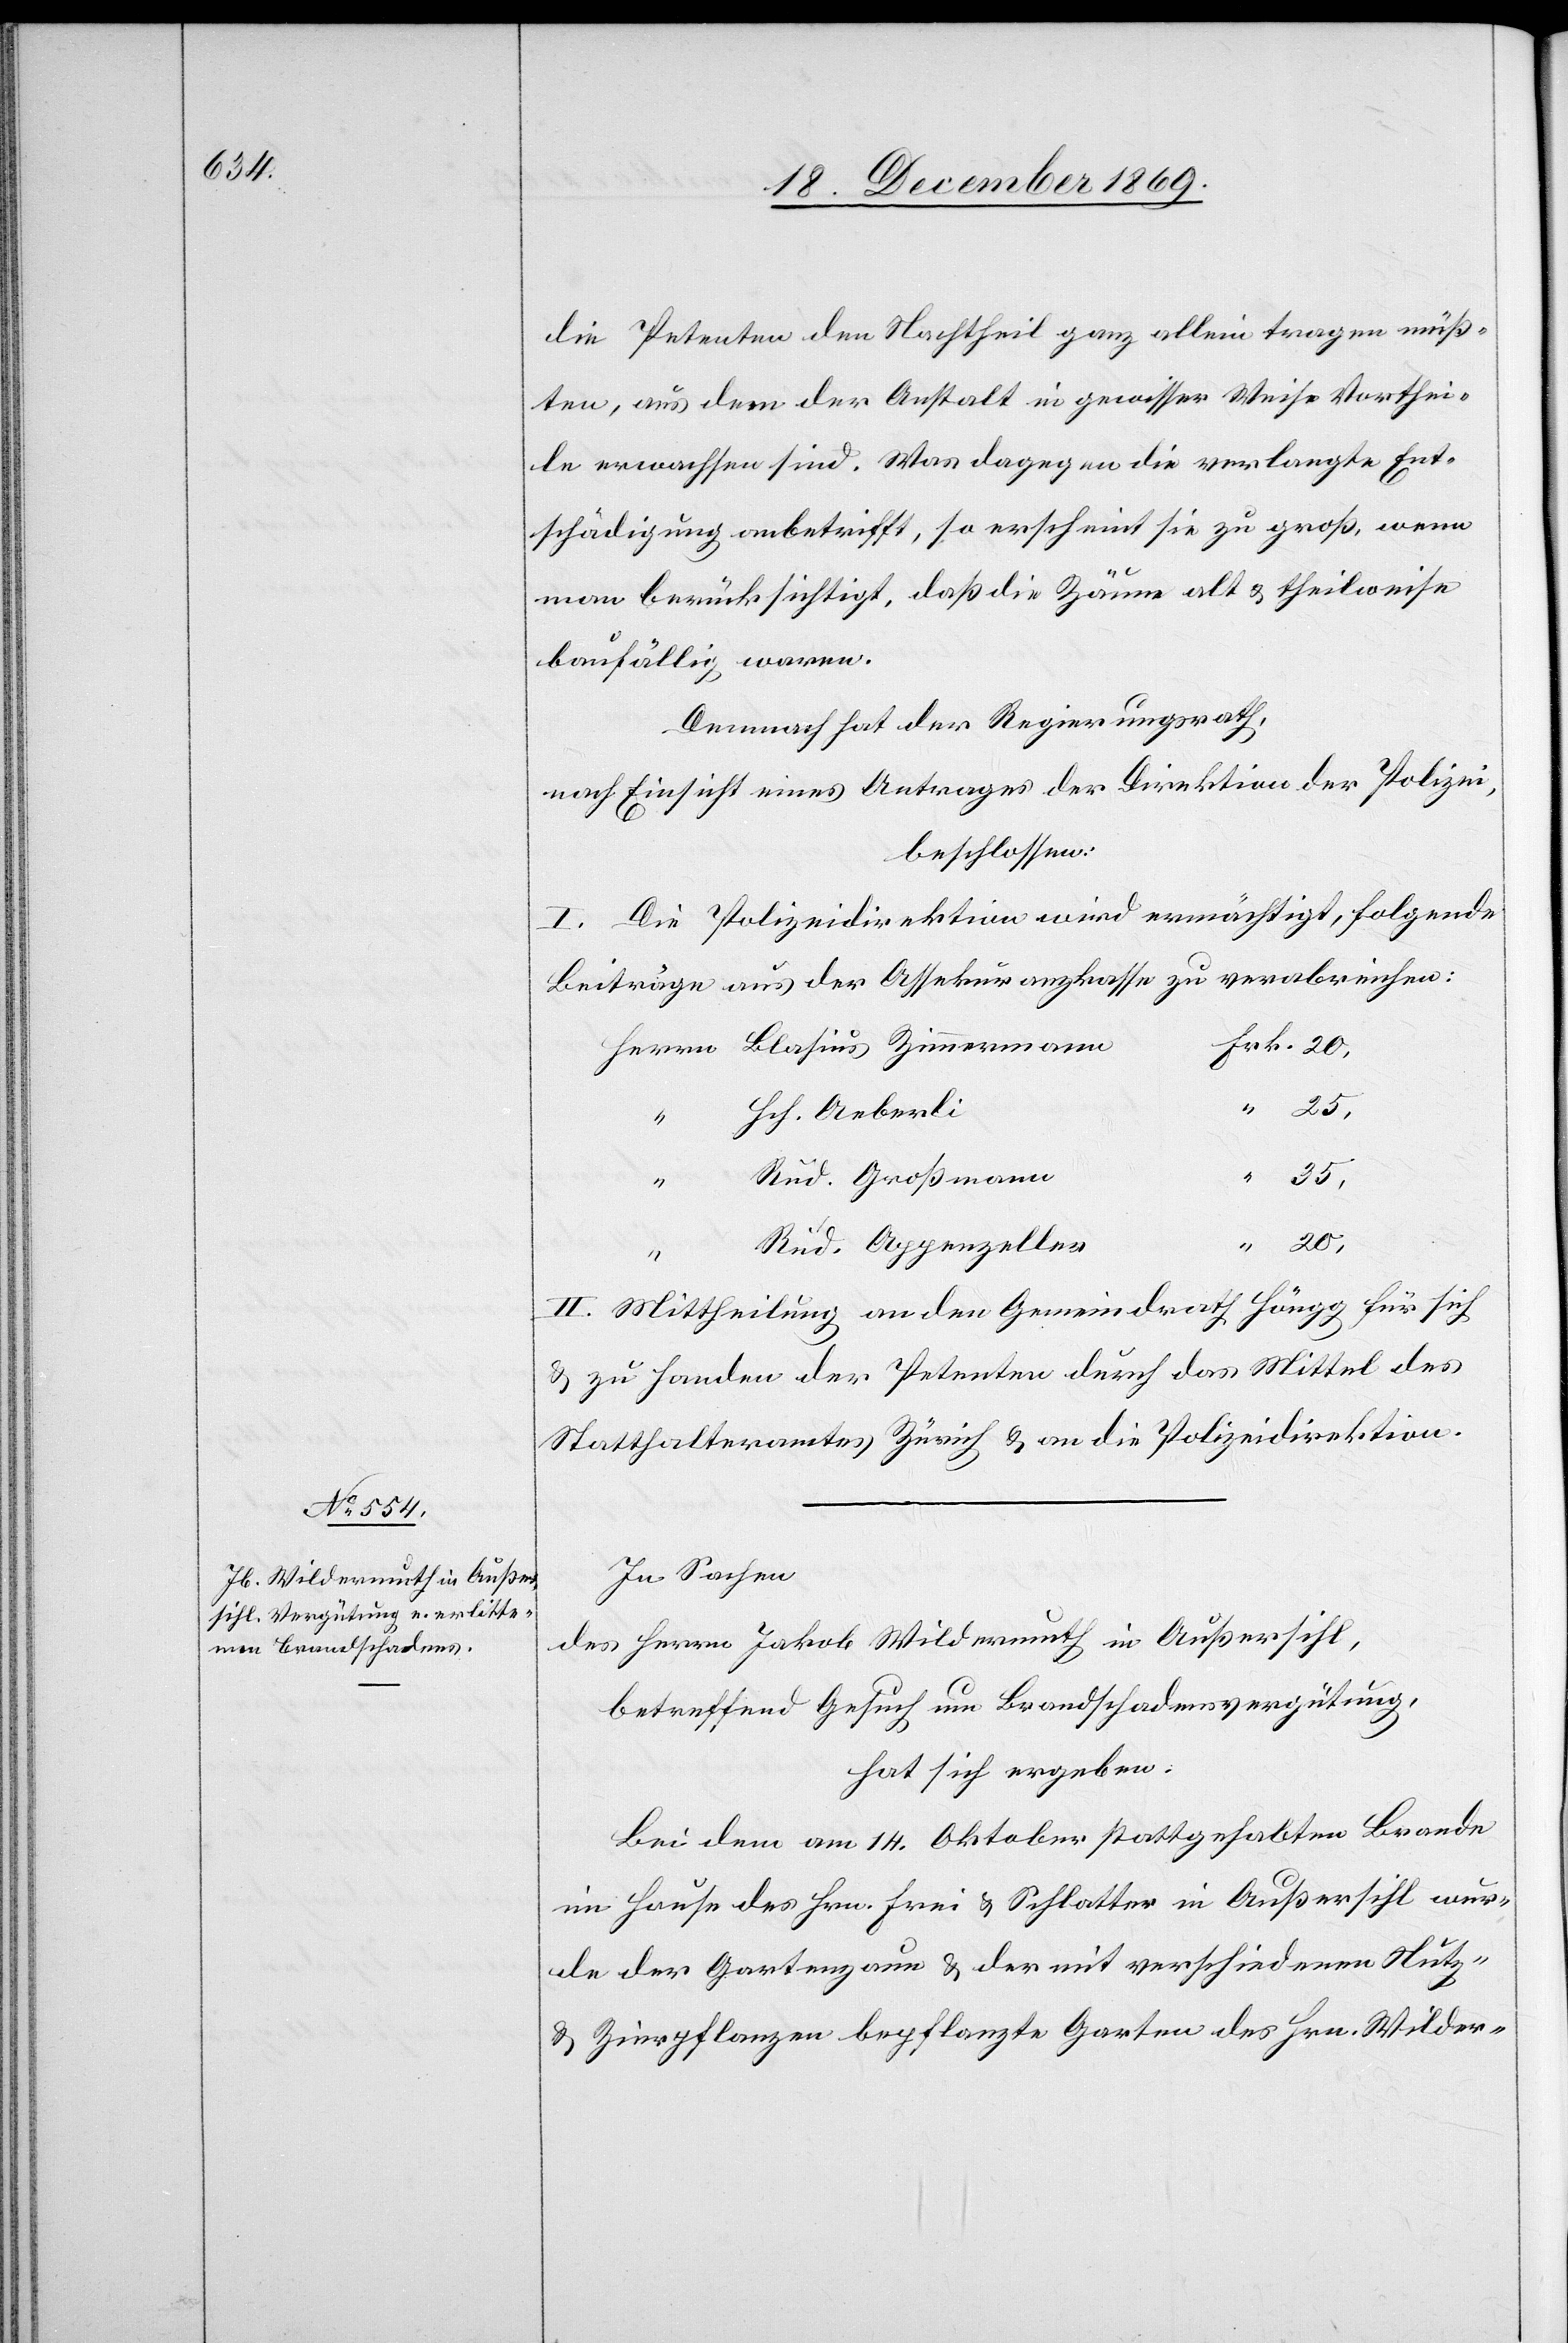
die Petenten den Nachtheil ganz allein tragen müß¬
ten, aus dem der Anstalt in gewisser Weise Vorthei¬
le erwachsen sind. Was dagegen die verlangte Ent¬
schädigung anbetrifft, so erscheint sie zu groß, wenn
man berücksichtigt, daß die Zäune alt & theilweise
baufällig waren.
Demnach hat der Regierungsrath,
nach Einsicht eines Antrages der Direktion der Polizei,
beschlossen:
I. Die Polizeidirektion wird ermächtigt, folgende
Beiträge aus der Assekuranzkasse zu verabreichen:
Frk. 20,
Herrn Blasius Zimmermann
Hch. Aeberli
25,
“
Rud. Großmann
35,
“
20,
Rud. Appenzeller
II. Mittheilung an den Gemeindrath Höngg für sich
& zu Handen der Petenten durch das Mittel des
Statthalteramtes Zürich & an die Polizeidirektion.
In Sachen
des Herrn Jakob Wildermuth in Außersihl,
betreffend Gesuch um Brandschadensvergütung,
hat sich ergeben:
Bei dem am 14. Oktober stattgehabten Brande
im Hause des Hrn. Frei & Schlatter in Außersihl wur¬
de der Gartenzaun & der mit verschiedenen Nutz-
& Zierpflanzen bepflanzte Garten des Hrn. Wilder-